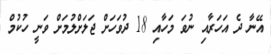
އޭނާ ދެ އަހަރާއި ނުވަ މަހާއި 18 ދުވަހަށް ޖަލަށްލުމަށް ވަނީ ހުކުމް